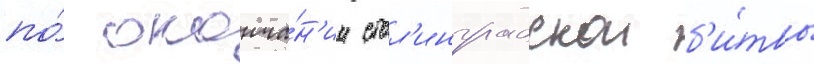
по́ оконча́н'ии стал'инградскои б'и́твы